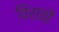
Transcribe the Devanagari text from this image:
विरावी